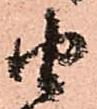
由